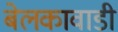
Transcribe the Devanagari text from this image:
बेलकावाडी